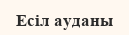
Есіл ауданы